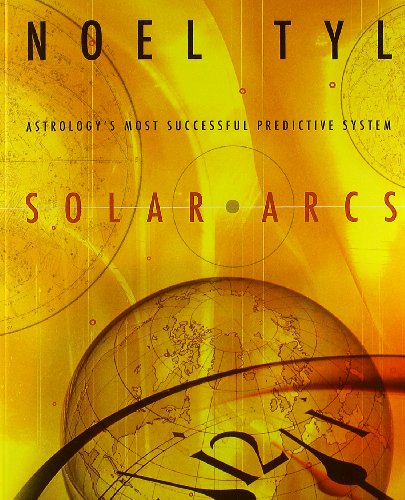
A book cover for Solar Arcs: Astrology's Most Successful Predictive System; Noel Tyl; Business & Money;